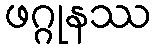
ဖဂ္ဂုနဿ